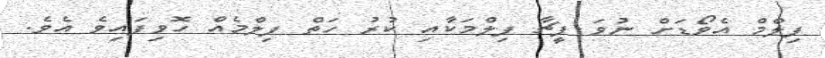
ފިލްމް އެވޯޑަށް ނުވަ ފީޗާ ފިލްމަކާއި ކުރު ހަތް ފިލްމެއް ހޮވިފައިވެ އެވެ.